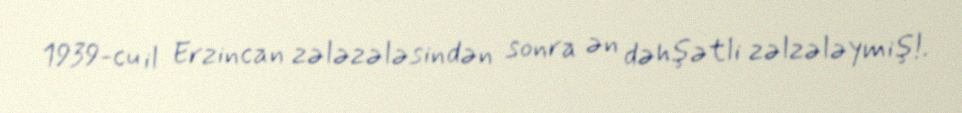
1939-cu il Erzincan zələzələsindən sonra ən dəhşətli zəlzələymiş!.